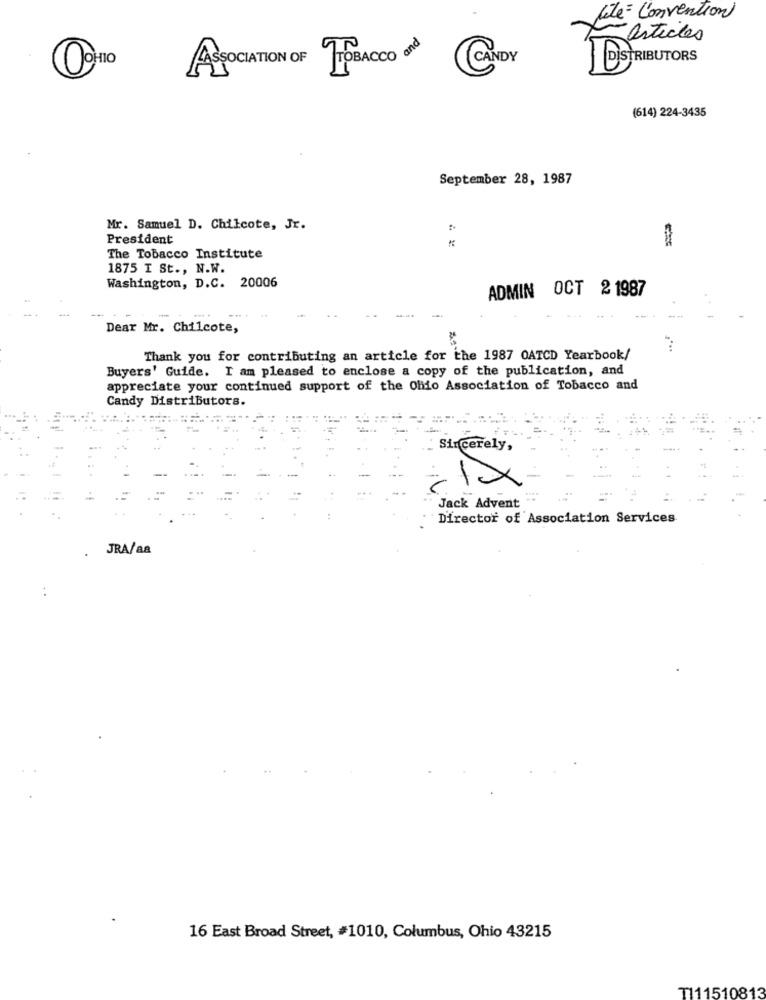
Cité Convention
articles
CANDY
HO ASOCIATION OF PACCO ON
DISTRIBUTORS
(614) 224-3435
September 28, 1987
Mr. Samuel D. Chilcote, Jr.
President
The Tobacco Institute
1875 I St ., N.W.
Washington, D.C. 20006
ADMIN OCT 2 1987
--
-
--.
Dear Mr. Chilcote,
Thank you for contributing an article for the 1987 OATCD Yearbook/
Buyers' Guide. I am pleased to enclose a copy of the publication, and
appreciate your continued support of the Ohio Association of Tobacco and
Candy Distributors.
Sincerely,
-
Jack Advent
Director of Association Services
JRA/aa
:
16 East Broad Street, #1010, Columbus, Ohio 43215
T111510813